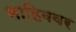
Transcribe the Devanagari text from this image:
साहिबवर